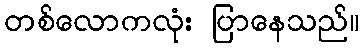
တစ်လောကလုံး ပြာနေသည်။